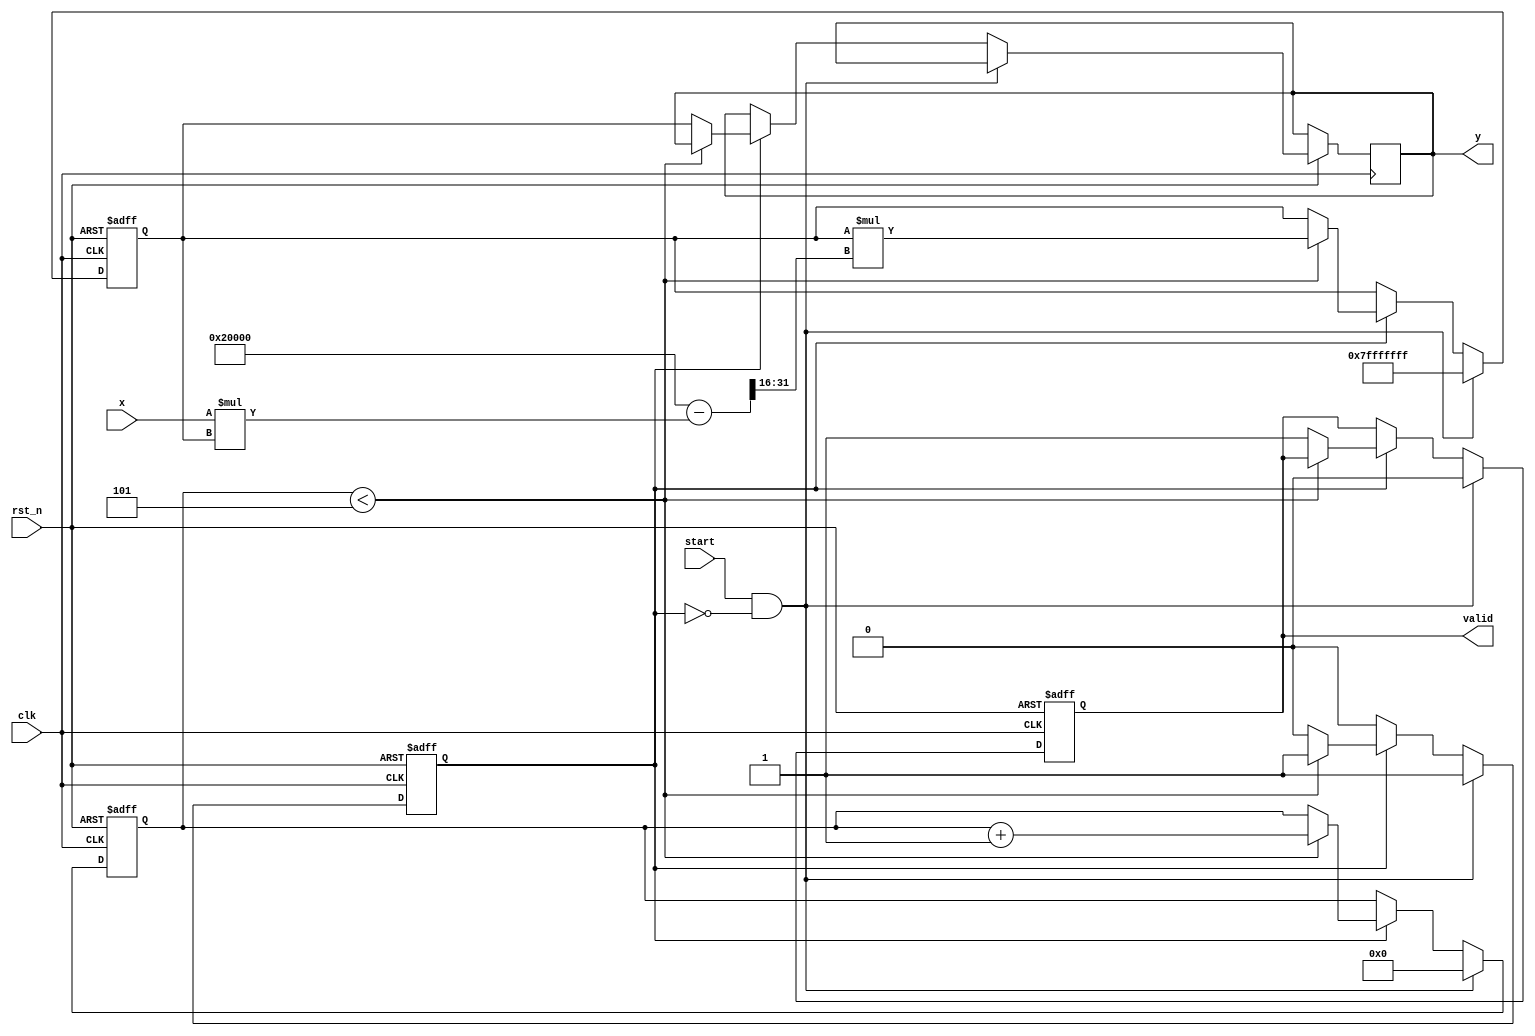
module FixedPointReciprocal #(
    parameter INTEGER_BITS = 16,  // Number of bits for the integer part
    parameter FRACTIONAL_BITS = 16, // Number of bits for the fractional part
    parameter MAX_ITERATIONS = 5    // Maximum iterations for Newton-Raphson
)(
    input wire clk,
    input wire rst_n,
    input wire start,
    input wire [INTEGER_BITS + FRACTIONAL_BITS - 1:0] x, // Fixed-point input
    output reg [INTEGER_BITS + FRACTIONAL_BITS - 1:0] y, // Fixed-point output
    output reg valid // Output valid signal
);

    // Internal signals
    reg [INTEGER_BITS + FRACTIONAL_BITS - 1:0] guess;
    reg [3:0] iteration_count;
    reg computing;

    // Initial guess for Newton-Raphson (1/x) can be set to a fixed value
    initial begin
        guess = {1'b0, {INTEGER_BITS + FRACTIONAL_BITS - 1{1'b1}}}; // Initial guess = 1 (Qm.n)
        valid = 0;
        iteration_count = 0;
        computing = 0;
    end

    // Newton-Raphson iteration: y(n+1) = y(n) * (2 - x * y(n))
    always @(posedge clk or negedge rst_n) begin
        if (!rst_n) begin
            guess <= {1'b0, {INTEGER_BITS + FRACTIONAL_BITS - 1{1'b1}}}; // Reset guess to 1
            valid <= 0;
            iteration_count <= 0;
            computing <= 0;
        end else if (start && !computing) begin
            // Start computation
            computing <= 1;
            iteration_count <= 0;
            guess <= {1'b0, {INTEGER_BITS + FRACTIONAL_BITS - 1{1'b1}}}; // Reset guess to 1
            valid <= 0;
        end else if (computing) begin
            if (iteration_count < MAX_ITERATIONS) begin
                // Perform Newton-Raphson iteration
                guess <= guess * (2**(FRACTIONAL_BITS + 1) - (x * guess) >> FRACTIONAL_BITS);
                iteration_count <= iteration_count + 1;
            end else begin
                // Finished computing
                y <= guess;
                valid <= 1;
                computing <= 0; // End computation
            end
        end
    end

endmodule